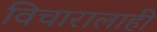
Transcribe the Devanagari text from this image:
विचारालाही